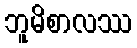
ဘူမိစာလဿ